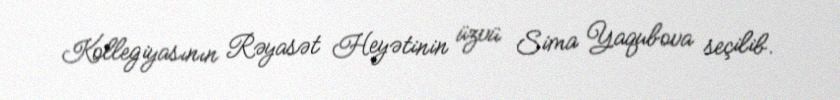
Kollegiyasının Rəyasət Heyətinin üzvü Sima Yaqubova seçilib.